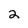
Character: 2